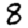
Digit: 8